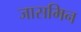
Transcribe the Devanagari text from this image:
जासमिन